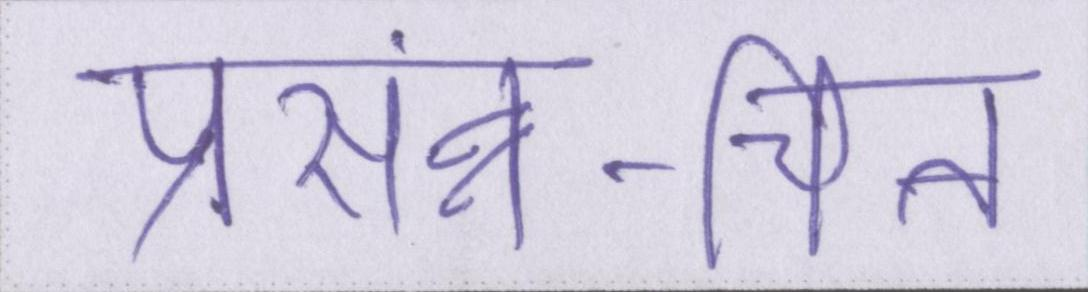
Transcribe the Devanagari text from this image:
प्रसंन्न-चित्त